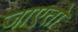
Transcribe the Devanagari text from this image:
जाएतो